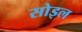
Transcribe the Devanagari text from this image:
सोइल